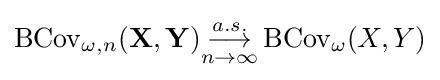
\operatorname {BCov} _{\omega ,n}(\mathbf {X} ,\mathbf {Y} ){\underset {n\rightarrow \infty }{\stackrel {a.s.}{\longrightarrow }}}\operatorname {BCov} _{\omega }(X,Y)